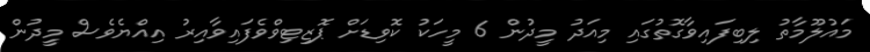
މައުލޫމާތު ލިބިފައިވާގޮތުގައި މިއަދު މީދުން 6 މީހަކު ކޮވިޑަށް ޕޮޒިޓިވްވެފައިވާއިރު އިއްޔެވެސް މީދުން